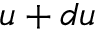
u + d u